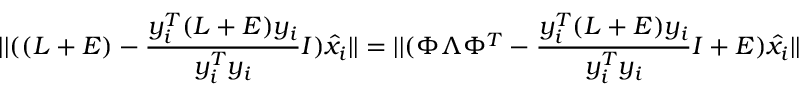
\vert \vert ( ( L + E ) - \frac { y _ { i } ^ { T } ( L + E ) y _ { i } } { y _ { i } ^ { T } y _ { i } } I ) \hat { x } _ { i } \vert \vert = \vert \vert ( \Phi \Lambda \Phi ^ { T } - \frac { y _ { i } ^ { T } ( L + E ) y _ { i } } { y _ { i } ^ { T } y _ { i } } I + E ) \hat { x } _ { i } \vert \vert